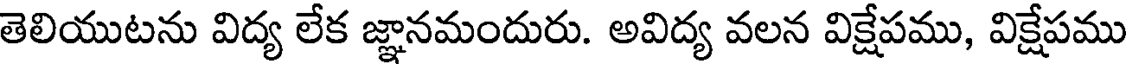
తెలియుటను విద్య లేక జ్ఞానమందురు. అవిద్య వలన విక్షేపము, విక్షేపము